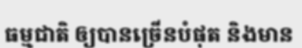
ធម្មជាតិ ឲ្យបានច្រើនបំផុត និងមាន